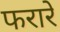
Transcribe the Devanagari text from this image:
फरारे